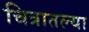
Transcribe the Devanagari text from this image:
चित्रातल्या